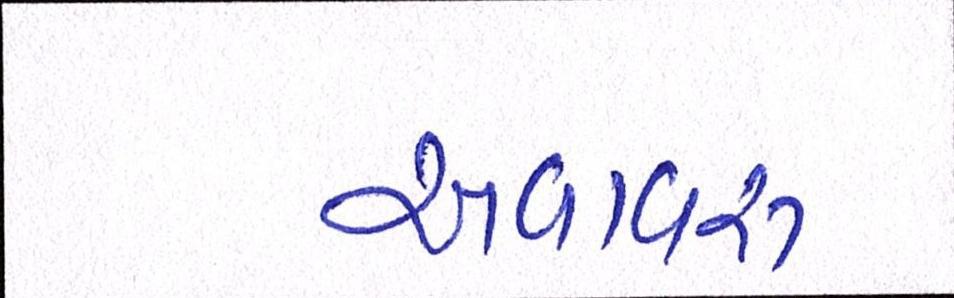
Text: અવાવરૂ